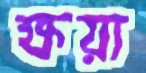
ক্ষয়া